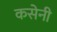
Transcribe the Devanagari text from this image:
कसेनी